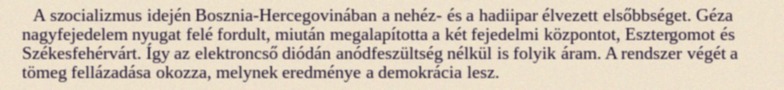
A szocializmus idején Bosznia-Hercegovinában a nehéz- és a hadiipar élvezett elsőbbséget. Géza nagyfejedelem nyugat felé fordult, miután megalapította a két fejedelmi központot, Esztergomot és Székesfehérvárt. Így az elektroncső diódán anódfeszültség nélkül is folyik áram. A rendszer végét a tömeg fellázadása okozza, melynek eredménye a demokrácia lesz.